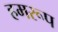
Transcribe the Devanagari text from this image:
हमरूप